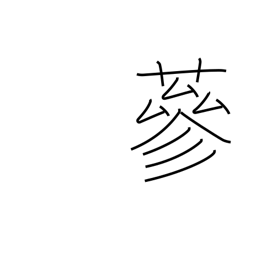
Meaning: luxurious growth of grass